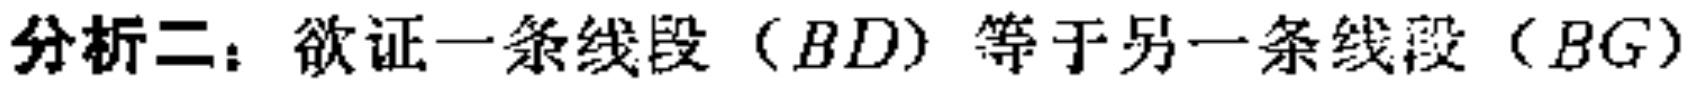
分析二：欲证一条线段（\(BD\)）等于另一条线段（\(BG\)）